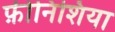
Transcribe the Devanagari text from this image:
फ़ीनिशिया